Report on vaccination in Madras 1895-1903 - 1895-1903
Year: 1895
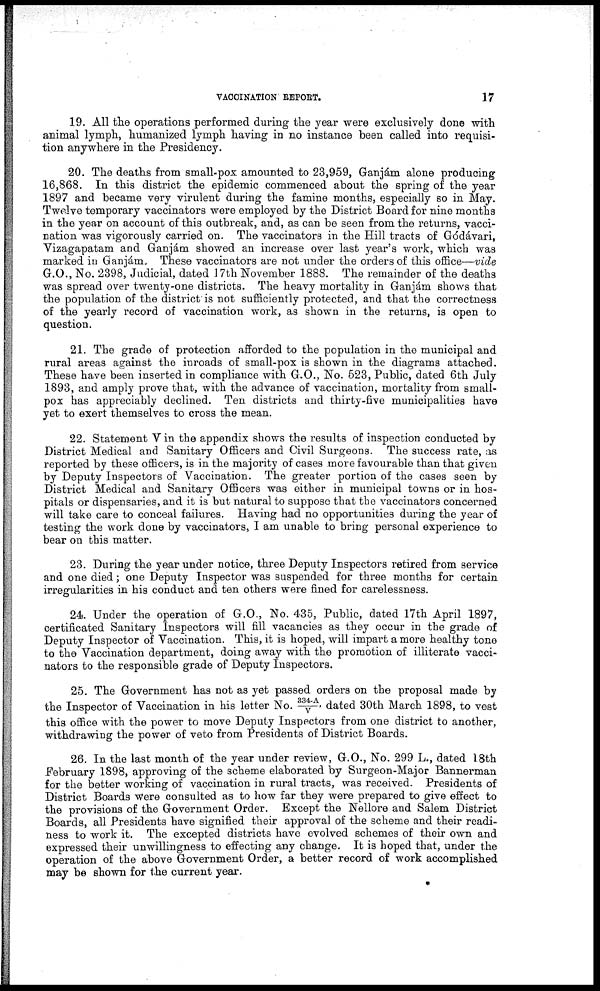
VACCINATION REPORT.
17
19. All the operations performed during the year were exclusively done with
animal lymph, humanized lymph having in no instance been called into requisi-
tion anywhere in the Presidency.
20. The deaths from small-pox amounted to 23,959, Ganjám alone producing
16,868. In this district the epidemic commenced about the spring of the year
1897 and became very virulent during the famine months, especially so in May.
Twelve temporary vaccinators were employed by the District Board for nine months
in the year on account of this outbreak, and, as can be seen from the returns, vacci-
nation was vigorously carried on. The vaccinators in the Hill tracts of Gódávari,
Vizagapatam and Ganjám showed an increase over last year's work, which was
marked in Ganjám, These vaccinators are not under the orders of this office—vide
G.O., No. 2398, Judicial, dated 17th November 1888. The remainder of the deaths
was spread over twenty-one districts. The heavy mortality in Ganjám shows that
the population of the district is not sufficiently protected, and that the correctness
of the yearly record of vaccination work, as shown in the returns, is open to
question.
21. The grade of protection afforded to the population in the municipal and
rural areas against the inroads of small-pox is shown in the diagrams attached.
These have been inserted in compliance with G.O., No. 523, Public, dated 6th July
1893, and amply prove that, with the advance of vaccination, mortality from small-
pox has appreciably declined. Ten districts and thirty-five municipalities have
yet to exert themselves to cross the mean.
22. Statement V in the appendix shows the results of inspection conducted by
District Medical and Sanitary Officers and Civil Surgeons. The success rate, as
reported by these officers, is in the majority of cases more favourable than that given
by Deputy Inspectors of Vaccination. The greater portion of the cases seen by
District Medical and Sanitary Officers was either in municipal towns or in hos-
pitals or dispensaries, and it is but natural to suppose that the vaccinators concerned
will take care to conceal failures. Having had no opportunities during the year of
testing the work done by vaccinators, I am unable to bring personal experience to
bear on this matter.
23. During the year under notice, three Deputy Inspectors retired from service
and one died; one Deputy Inspector was suspended for three months for certain
irregularities in his conduct and ten others were fined for carelessness.
24. Under the operation of G.O., No. 435, Public, dated 17th April 1897,
certificated Sanitary Inspectors will fill vacancies as they occur in the grade of
Deputy Inspector of Vaccination. This, it is hoped, will impart a more healthy tone
to the Vaccination department, doing away with the promotion of illiterate vacci-
nators to the responsible grade of Deputy Inspectors.
25. The Government has not as yet passed orders on the proposal made by
the Inspector of Vaccination in his letter No. 334-A/V, dated 30th March 1898, to vest
this office with the power to move Deputy Inspectors from one district to another,
withdrawing the power of veto from Presidents of District Boards.
26. In the last month of the year under review, G.O., No. 299 L., dated 18th
February 1898, approving of the scheme elaborated by Surgeon-Major Bannerman
for the better working of vaccination in rural tracts, was received. Presidents of
District Boards were consulted as to how far they were prepared to give effect to
the provisions of the Government Order. Except the Nellore and Salem District
Boards, all Presidents have signified their approval of the scheme and their readi-
ness to work it. The excepted districts have evolved schemes of their own and
expressed their unwillingness to effecting any change. It is hoped that, under the
operation of the above Government Order, a better record of work accomplished
may be shown for the current year.